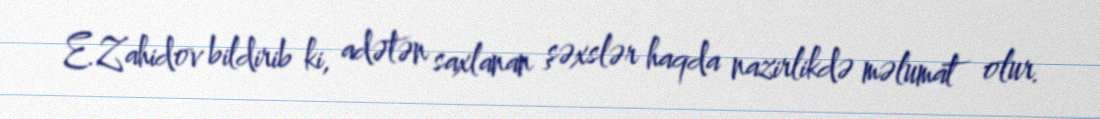
E.Zahidov bildirib ki, adətən saxlanan şəxslər haqda nazirlikdə məlumat olur.